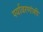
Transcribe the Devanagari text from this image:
पर्यावरणांशी